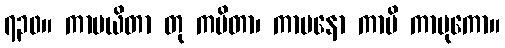
၇၃၀။ ကာမယိတာ တု ကမိတာ၊ ကာမနော ကာမိ ကာမုကော။